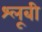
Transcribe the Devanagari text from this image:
श्लूबी